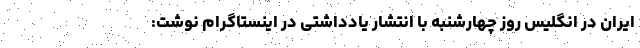
ایران در انگلیس روز چهارشنبه با انتشار یادداشتی در اینستاگرام نوشت: